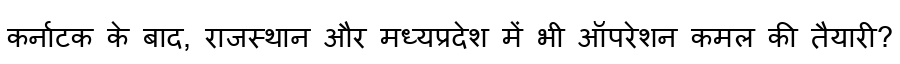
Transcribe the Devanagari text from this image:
कर्नाटक के बाद, राजस्थान और मध्यप्रदेश में भी ऑपरेशन कमल की तैयारी?